Civil Veterinary Department. Central Provinces & Berar 1932-41 - 1932-1941
Year: 1932
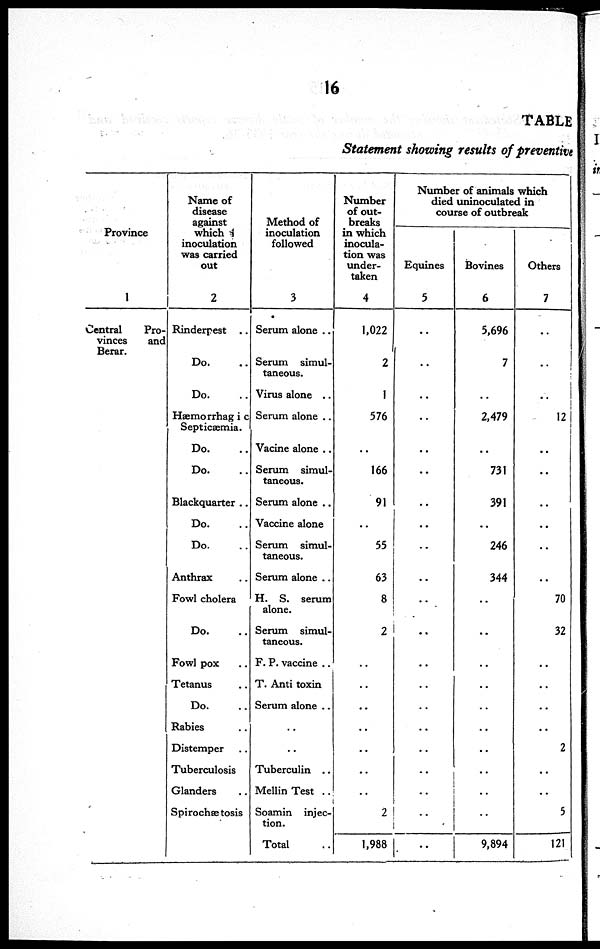
16
TABLE
Statement showing results of preventive
Province
1
Central
Pro-
vinces
and
Berar.
Name of
disease
against
which
inoculation
was carried
out
2
Rinderpest ..
Do.
Do.
Hæmorrhag i c
Septicæmia.
Do.
Do.
Blackquarter ..
Do.
Do.
Anthrax
Fowl cholera
Do.
Fowl pox
Tetanus
Do.
Rabies
Distemper
Tuberculosis
Glanders
Spirochsetosis
Method of
inoculation
followed
3
Serum alone ..
Serum simul-
taneous.
Virus alone ..
Serum alone ..
Vacine alone ..
Serum simul-
taneous.
Serum alone ..
Vaccine alone
Serum simul-
taneous.
Serum alone ..
H. S. serum
alone.
Serum simul-
taneous.
F. P. vaccine ..
T. Anti toxin
Serum alone ..
..
..
Tuberculin ..
Mellin Test ..
Soamin injec-
tion.
Total
Number
of out-
breaks
in which
inocula-
tion was
under-
taken
4
1,022
2
1
576
..
166
91
..
55
63
8
2
..
..
..
..
..
..
..
2
1,988
Number of animals which
died uninoculated in
course of outbreak
Equines
5
..
..
..
..
..
..
..
..
..
..
..
..
..
..
..
..
..
..
..
..
Bovines
6
5,696
7
..
2,479
..
731
391
..
246
344
..
..
..
..
..
..
..
..
..
..
9,894
Others
7
..
..
..
12
..
..
..
..
..
..
70
32
..
..
..
..
2
..
..
5
121